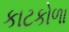
કાટકોળા